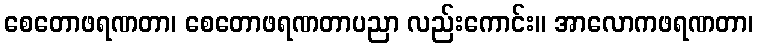
စေတောဖရဏတာ၊ စေတောဖရဏတာပညာ လည်းကောင်း။ အာလောကဖရဏတာ၊